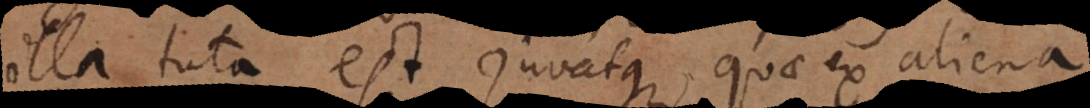
illa tuta est, juvatque, quae ex aliena